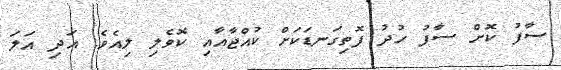
ސާފު ކޮށް ސާފު ހުދު ފޮތިގަނޑަކަށް ކުއްޖާއާއި ކޮވެލި ލިއެވެ. އަދި އަލަ